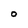
Character: O